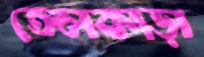
তেলকাড়া